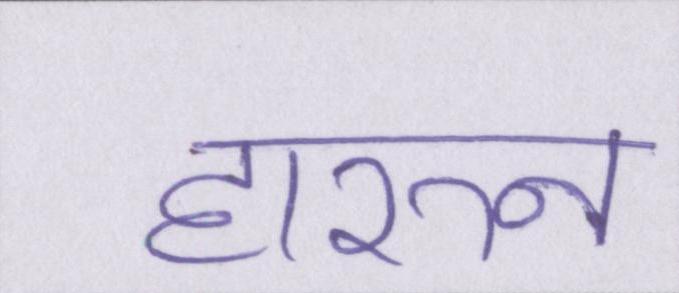
हारुन